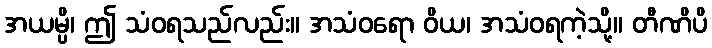
အယမ္ပိ၊ ဤ သံဝရသည်လည်း။ အသံဝရော ဝိယ၊ အသံဝရကဲ့သို့။ တီဏိပိ